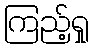
ကြည့်ရှု